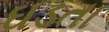
ઘડતા